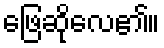
ဖြေဆိုလေ၏။